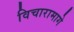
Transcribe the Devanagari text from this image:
विचारामागे